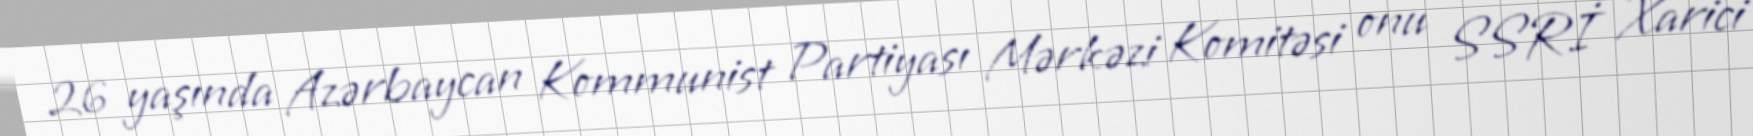
26 yaşında Azərbaycan Kommunist Partiyası Mərkəzi Komitəsi onu SSRİ Xarici